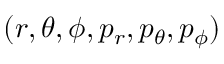
( r , \theta , \phi , p _ { r } , p _ { \theta } , p _ { \phi } )